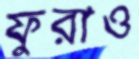
ফুরাও